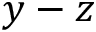
y - z